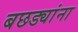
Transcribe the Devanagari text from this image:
बछड्यांना